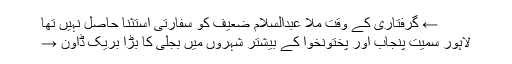
← گرفتاری کے وقت ملا عبدالسلام ضعیف کو سفارتی استثنا حاصل نہیں تھا
لاہور سمیت پنجاب اور پختونخوا کے بیشتر شہروں میں بجلی کا بڑا بریک ڈاؤن →